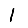
Digit: 1